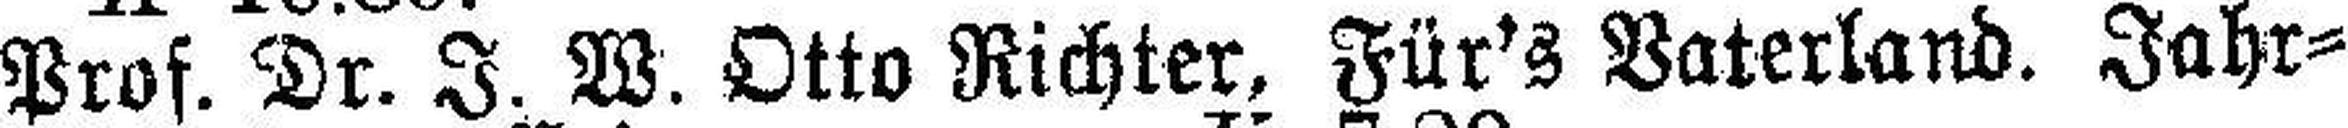
Prof. Dr. I. W. Otto Richter, Für's Vaterland. Jahr¬